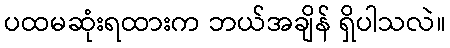
ပထမဆုံးရထားက ဘယ်အချိန် ရှိပါသလဲ။